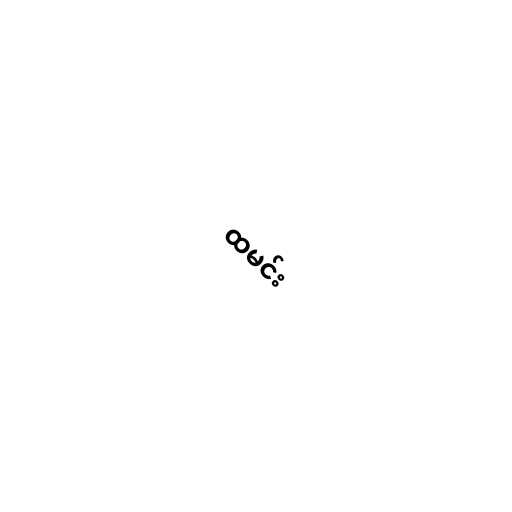
ထမင်း